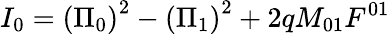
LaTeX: I_{0}=\left(\Pi_{0}\right)^{2}-\left(\Pi_{1}\right)^{2}+2qM_{01}F^{01}